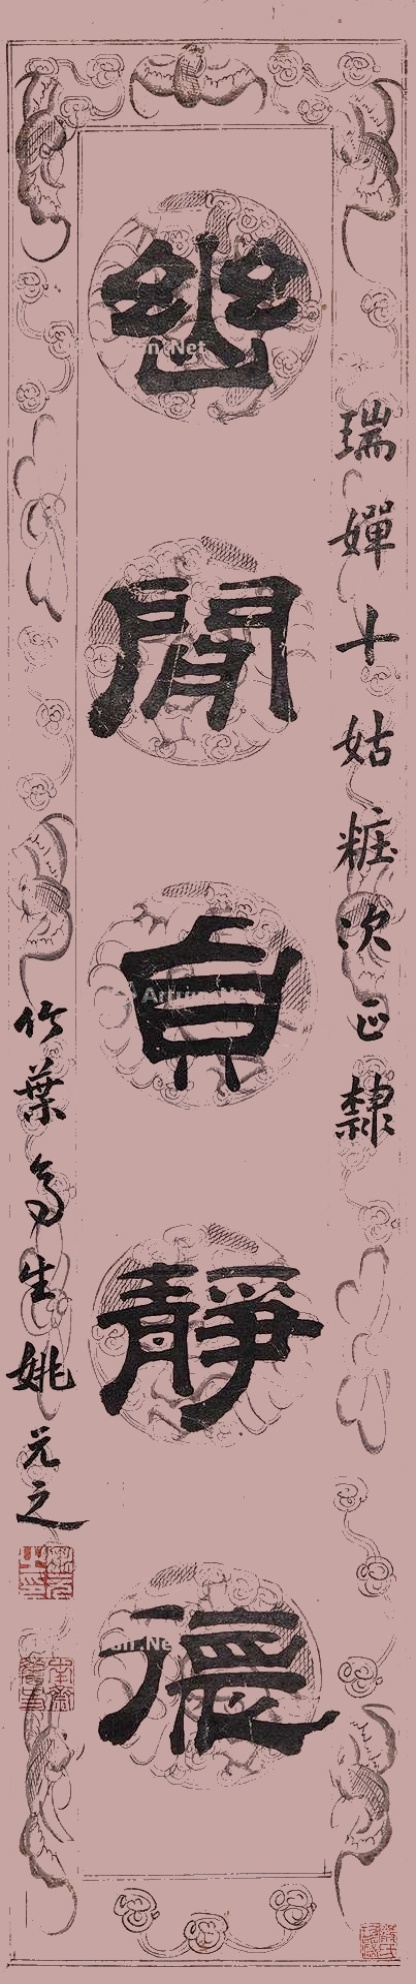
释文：幽闲贞静德。瑞婵十姑妆次正隶，竹叶亭生姚元之。